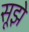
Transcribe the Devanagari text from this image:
सूझे